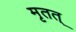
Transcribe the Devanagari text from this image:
मृतत्